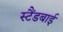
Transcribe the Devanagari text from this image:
स्‍टैंडबाई